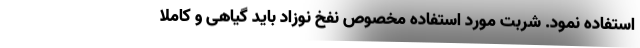
استفاده نمود. شربت مورد استفاده مخصوص نفخ نوزاد باید گیاهی و کاملا